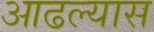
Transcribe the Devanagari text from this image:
आढल्यास